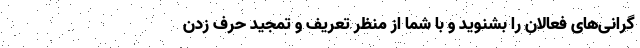
گرانی‌های فعالان را بشنوید و با شما از منظر تعریف و تمجید حرف زدن